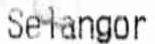
SETANGOR